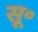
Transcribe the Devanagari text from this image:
सू॰